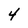
Character: 4